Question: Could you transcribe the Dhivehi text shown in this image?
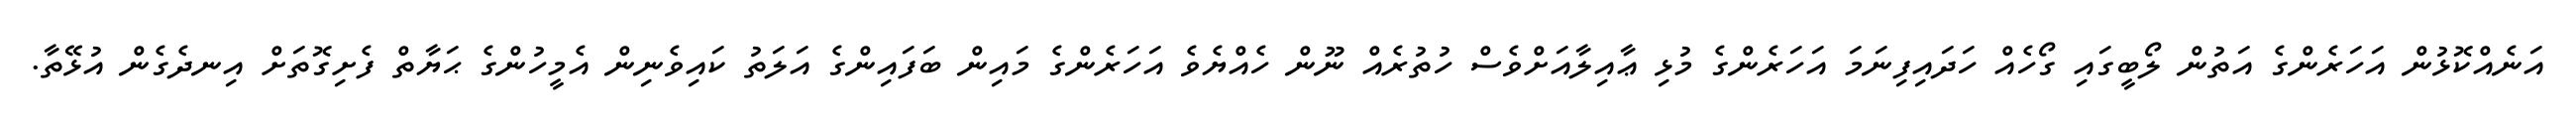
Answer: އަނެއްކޮޅުން އަހަރެންގެ އަތުން ލޯބީގައި ގޯހެއް ހަދައިފިނަމަ އަހަރެންގެ މުޅި ޢާއިލާއަށްވެސް ހުތުރެއް ނޫން ހެއްޔެވެ އަހަރެންގެ މައިން ބަފައިންގެ އަލަތު ކައިވެނިން އެމީހުންގެ ޙަޔާތް ފެށިގޮތަށް އިނދެގެން އުޅޭތާ.